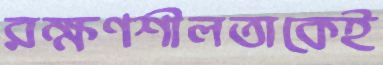
রক্ষণশীলতাকেই